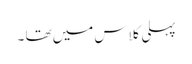
پہلی کلاس میں تھا ۔